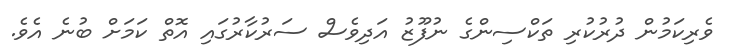
ވެރިކަމުން ދުރުކުރި ތަކްސިންގެ ނުފޫޒު އަދިވެސް ސަރުކާރުގައި އޮތް ކަމަށް ބުނެ އެވެ.